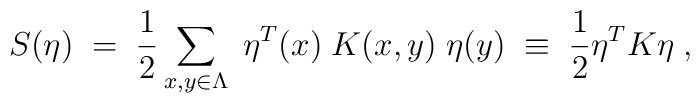
S(\eta) \; = \; \frac{1}{2} \sum_{x,y \in \Lambda}\; \eta^T(x) \; K(x,y) \; \eta(y) \; \equiv \; \frac{1}{2} \eta^T K \eta \; ,